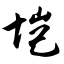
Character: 垲